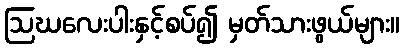
ဩဃလေးပါးနှင့်စပ်၍ မှတ်သားဖွယ်များ။